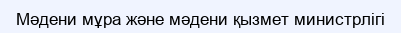
Мәдени мұра және мәдени қызмет министрлігі